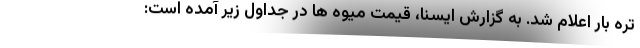
تره بار اعلام شد. به گزارش ایسنا، قیمت میوه ها در جداول زیر آمده است: